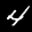
Label: 4